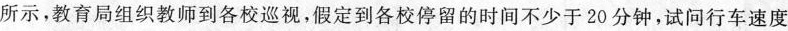
所示，教育局组织教师到各校巡视，假定到各校停留的时间不少于20分钟，试问行车速度